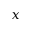
x